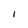
Character: l